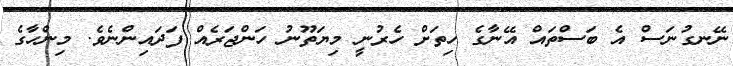
ނޭނގުނަސް އެ ބަސްތައް އޭނާގެ ހިތަށް ހެރުނީ މިޔަތޫނު ހަންޖަރެއް ފަދައިންނެވެ. މިންހާގެ